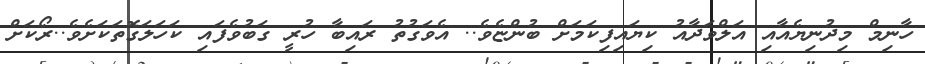
ހާނިމް މިދުނިޔެއާއި އަލްވަދާއު ކިޔައިފިކަމަށް ބުންޏެވެ.. އެވަގުތު ރައިބާ ހުރީ ގަބުވެފައި ކަހަލަގޮތަކަށެވެ..ރޯކަށް